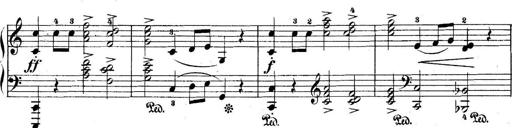
Title: 5 Sonatinas
Composer: Theodor Kirchner